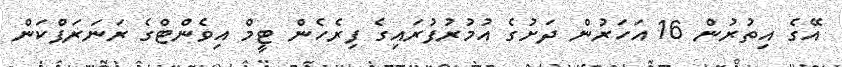
އޭގެ އިތުރުން 16 އަހަރުން ދަށުގެ އުމުރުފުރައިގެ ފިރެހެން ޓީމް އިވެންޓްގެ ރަނަރަޕްކަން